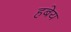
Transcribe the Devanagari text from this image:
हबेय